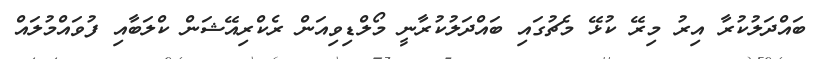
ބައްދަލުކުރާ އިރު މިރޭ ކުޅޭ މެޗުގައި ބައްދަލުކުރާނީ މޯލްޑިވިއަން ރެކްރިއޭޝަން ކްލަބާއި ފުވައްމުލައް